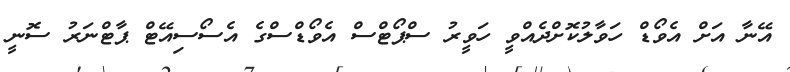
އޭނާ އަށް އެވޯޑް ހަވާލުކޮށްދެއްވީ ހަވީރު ސްޕޯޓްސް އެވޯޑްސްގެ އެސޯސިއޭޓް ޕާޓްނަރު ސޮނީ